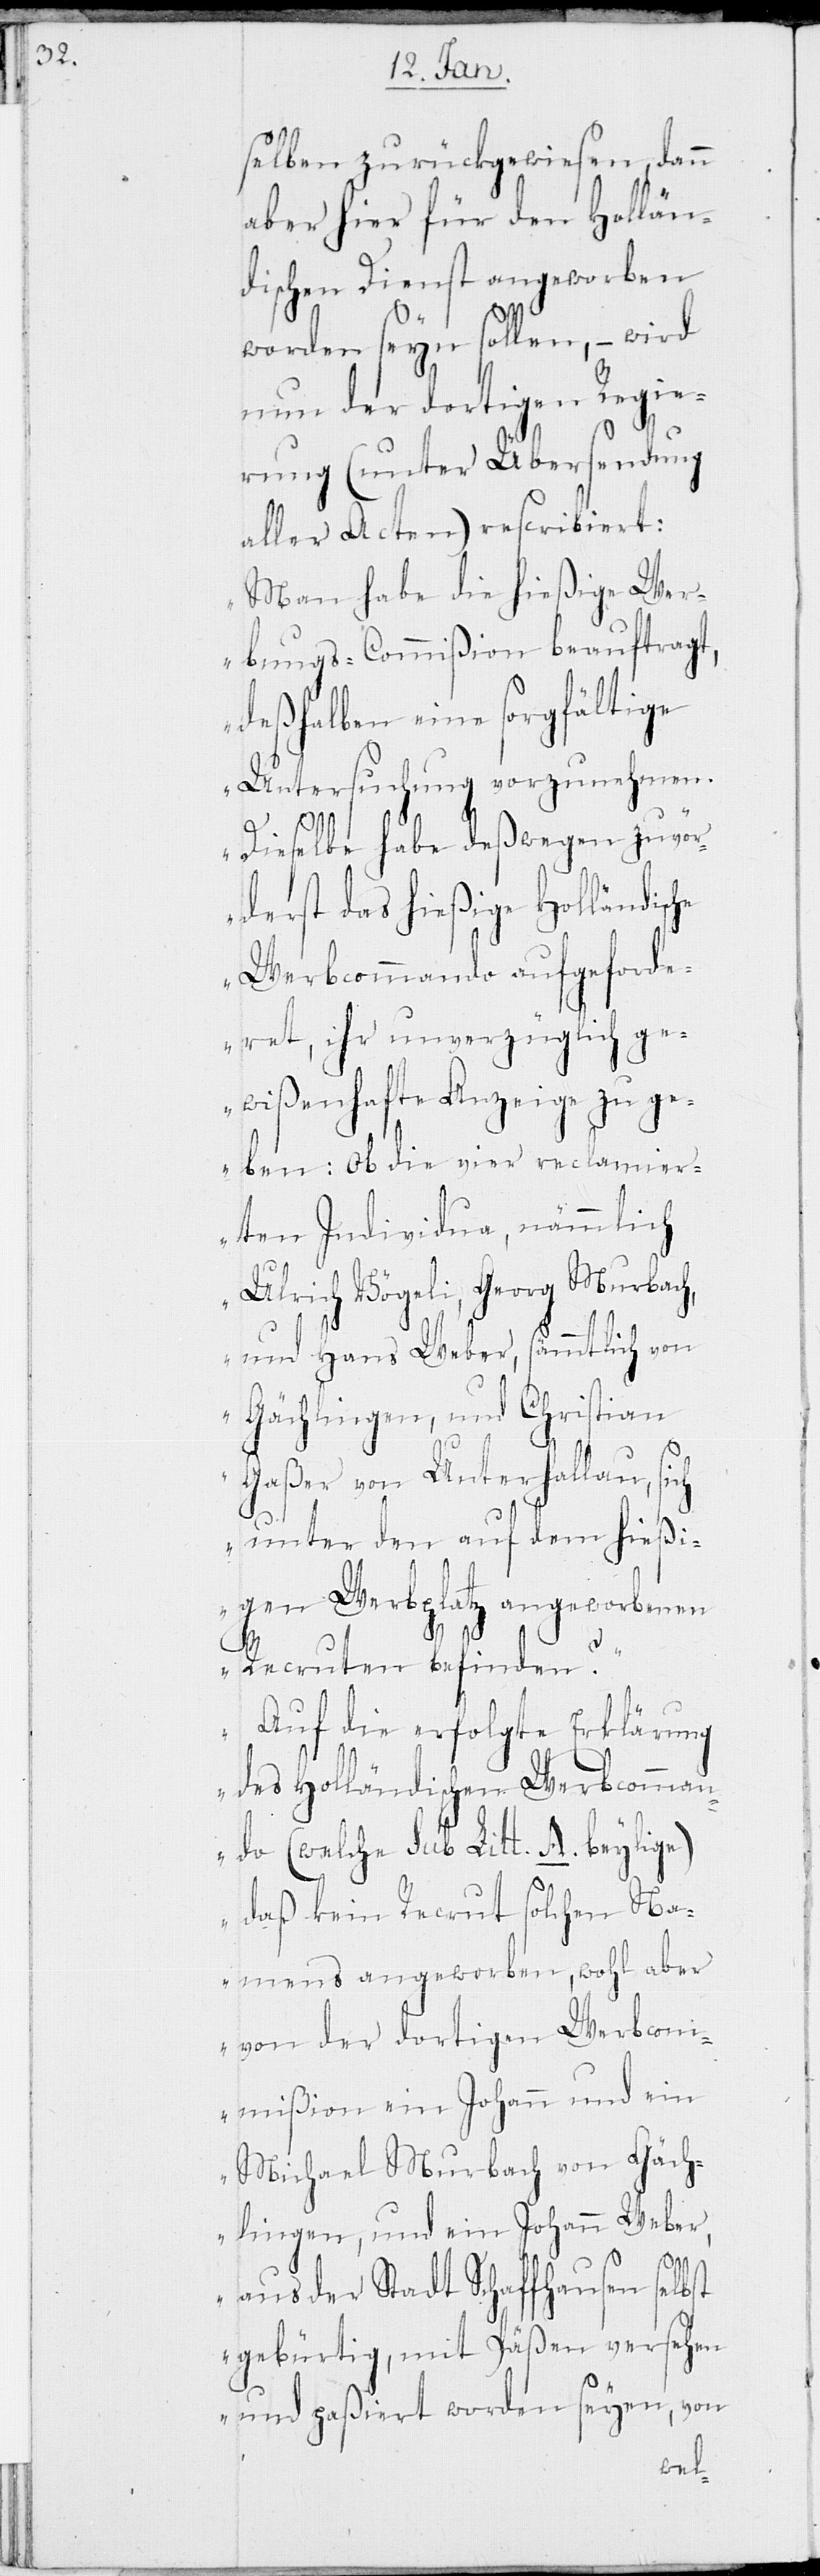
selben zurückgewiesen, dann
aber hier für den Hollän¬
dischen Dienst angeworben
worden seyn sollen, – wird
nun der dortigen Regie¬
rung (unter Übersendung
aller Acten) rescribiert:
„Man habe die hießige Wer¬
bungs-Commißion beauftragt,
deßhalben eine sorgfältige
Untersuchung vorzunehmen.
lich
Dieselbe habe deßwegen zuvör¬
derst das hießige Holländisc¬
Werbcommando aufgeforde¬
ret, ihr unverzüglich ge¬
wißenhafte Anzeige zu
geben: ob die vier reclamier¬
ten Individua, nämm¬
Ulrich Vögeli, Georg Murbach
und Hans Weber, sämmtlich von
Gächlingen, und Christian
Gaßer von Unterhallau, sich
unter den auf dem hießi¬
gen Werbplatz angeworbenen
Recruten befinden?
Auf die erfolgte Erklärung
des Holländischen Werbcomman¬
do (welche sub Litt. A. beylige)
daß kein Recrut solchen Na¬
mens angeworben, wohl aber
von der dortigen Werbcom¬
mißion ein Johann und ein
Michael Murbach von Gäch¬
lingen, und ein Johann Weber,
aus der Stadt Schaffhausen selbst
gebürtig, mit Päßen versehen
und paßiert worden seyen, von